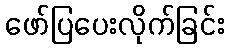
ဖော်ပြပေးလိုက်ခြင်း